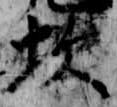
坎